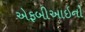
એફબીઆઇનો